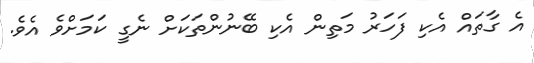
އެ ގާތައް އެކި ފަހަރު މަތިން އެކި ބޭނުންތަކަށް ނެގީ ކަމަށްވެ އެވެ.